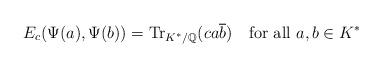
LaTeX: \begin{align*}E_c(\Psi(a),\Psi(b))=\mathrm{Tr}_{K^*/\mathbb{Q}}(ca\overline{b})\quad\textrm{for all}~a,b\in K^*\end{align*}